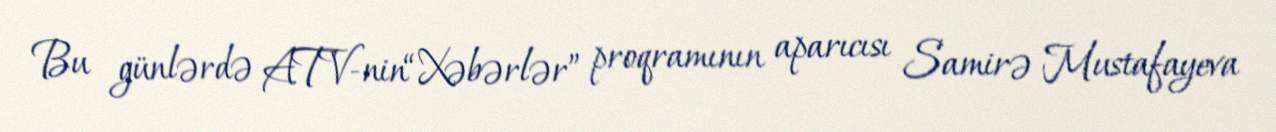
Bu günlərdə ATV-nin“Xəbərlər” proqramının aparıcısı Samirə Mustafayeva